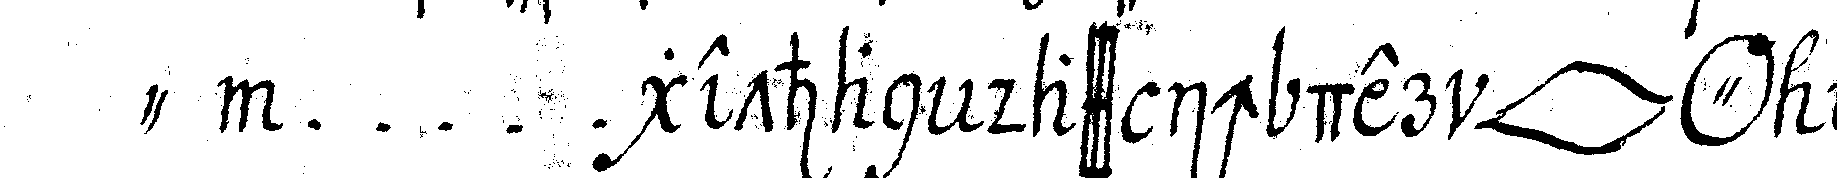
"  ... gethan dass ich der *lip* *o* ebeN